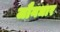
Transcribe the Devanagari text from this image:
जौनधार